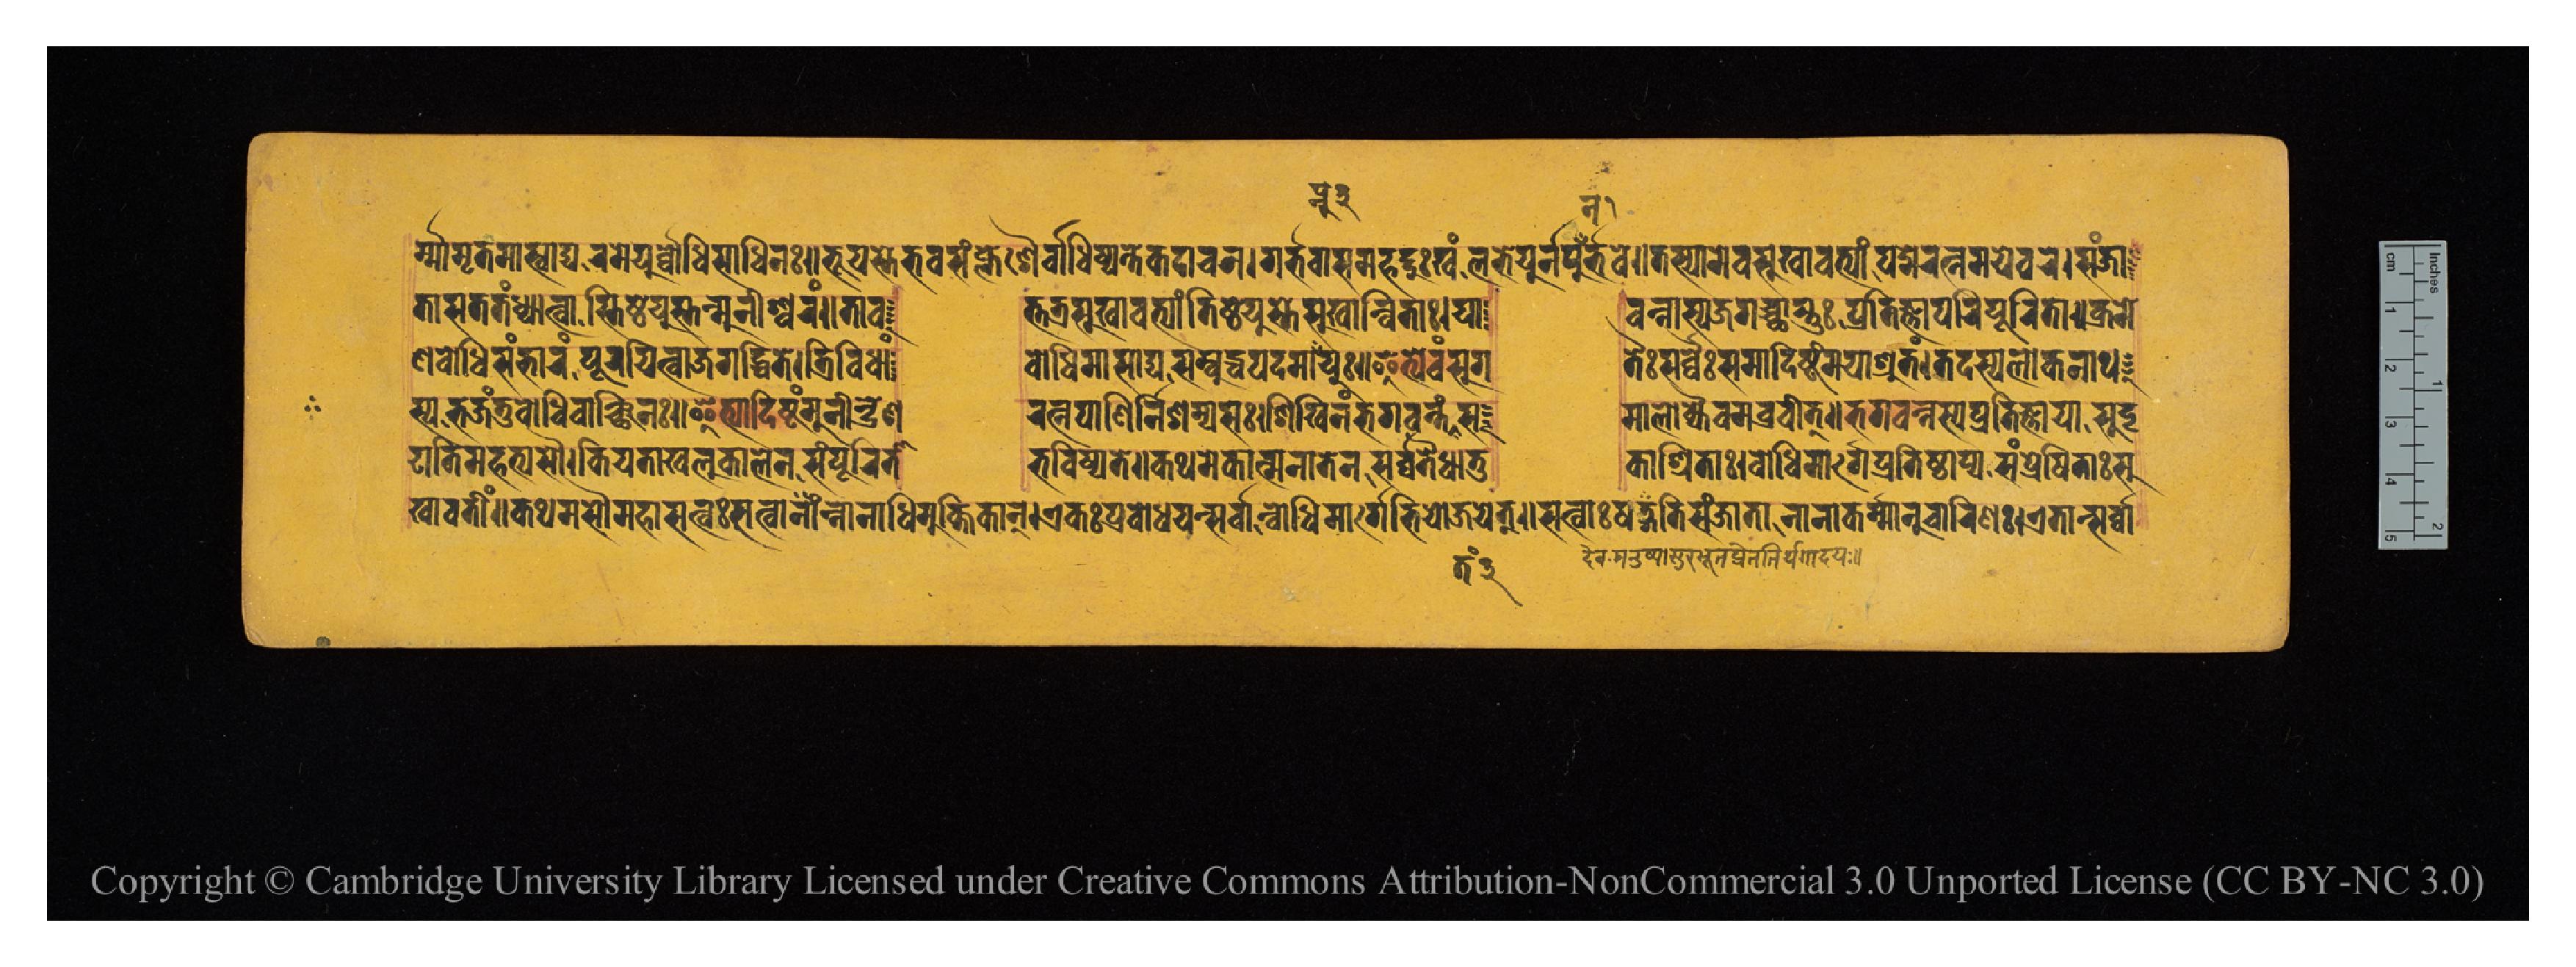
𑐬𑑂𑐩𑑂𑐩𑐵𑐩𑐺𑐟𑐩𑐵𑐳𑑂𑐰𑐵𑐡𑑂𑐫𑐬𑐩𑐾𑐫𑐸𑐬𑑂𑐧𑑀𑐢𑐶𑐳𑐵𑐢𑐶𑐣𑑅𑑌𑐨𑐹𑐫𑐳𑑂𑐟𑐾𑐨𑐐𑐳𑑄𑐎𑑂𑐮𑐾𑐱𑐿𑐬𑑂𑐧𑐵𑐢𑐶𑐲𑑂𑐫𑐣𑑂𑐟𑐾𑐎𑐡𑐵𑐔𑐣𑑋𑐐𑐬𑑂𑐨𑐰𑐵𑐳𑐩𑐴𑐡𑐡𑐸𑐏𑑄𑐮𑐨𑐾𑐫𑐸𑐬𑑂𑐣𑐥𑐸𑐣𑐬𑑂𑐨𑐰𑐾𑑌𑐟𑐳𑑂𑐫𑐵𑐩𑐾𑐰𑐳𑐸𑐏𑐵𑐰𑐟𑑂𑐫𑐵𑑄𑐥𑐡𑑂𑐩𑐾𑐬𑐟𑑂𑐣𑐩𑐾𑐫𑐾𑐰𑐬𑐾𑑋𑐳𑑄𑐖𑐵 𑐟𑐵𑐳𑐟𑐟𑑄𑐢𑑂𑐫𑐵𑐟𑑂𑐰𑐵𑐟𑐶𑐲𑑂𑐛𑐾𑐫𑐸𑐳𑑂𑐟𑑄𑐩𑐸𑐣𑐶𑐱𑑂𑐰𑐬𑑄𑑌𑐟𑐵𑐰  𑐟𑑂𑐟𑐟𑑂𑐬𑐳𑐸𑐏𑐵𑐰𑐟𑑂𑐫𑐵𑑄𑐟𑐶𑐲𑑂𑐛𑐾𑐫𑐸𑐳𑑂𑐟𑐾𑐳𑐸𑐏𑐵𑐣𑑂𑐰𑐶𑐟𑐵𑑅𑑋𑐫𑐵  𑐰𑐣𑑂𑐣𑐵𑐳𑑂𑐫𑐖𑐐𑐔𑑂𑐕𑐵𑐳𑑂𑐟𑐸𑑅𑐥𑑂𑐬𑐟𑐶𑐖𑑂𑐘𑐵𑐥𑐬𑐶𑐥𑐹𑐬𑐶𑐟𑐵𑑌𑐎𑑂𑐬𑐩𑐾 𑐞𑐧𑑀𑐢𑐶𑐳𑑄𑐨𑐵𑐬𑑄𑐥𑐹𑐬𑐫𑐶𑐟𑑂𑐰𑐵𑐖𑐐𑐡𑑂𑐢𑐶𑐟𑐾𑑋𑐟𑑂𑐬𑐶𑐰𑐶𑐢𑐵𑑄  𑐧𑑀𑐢𑐶𑐩𑐵𑐳𑐵𑐡𑑂𑐫𑐳𑐩𑑂𑐧𑐸𑐡𑑂𑐢𑐥𑐡𑐩𑐵𑐥𑑂𑐣𑐸𑐫𑐸𑑅𑑋𑐂𑐟𑑂𑐫𑐾𑐰𑑄𑐳𑐸𑐐  𑐟𑐿𑑅𑐳𑐬𑑂𑐰𑑂𑐰𑐾𑑅𑐳𑐩𑐵𑐡𑐶𑐲𑑂𑐚𑑄𑐩𑐫𑐵𑐱𑑂𑐬𑐸𑐟𑑄𑑋𑐟𑐡𑐳𑑂𑐫𑐮𑑀𑐎𑐣𑐵𑐠 𑐳𑑂𑐫𑐨𑐖𑐣𑑂𑐟𑐸𑐧𑑀𑐢𑐶𑐰𑐵𑐘𑑂𑐕𑐶𑐣𑑅𑑌𑐂𑐟𑑂𑐫𑐵𑐡𑐶𑐲𑑂𑐚𑑄𑐩𑐸𑐣𑐷𑐣𑑂𑐡𑑂𑐬𑐾𑐞  𑐬𑐟𑑂𑐣𑐥𑐵𑐞𑐷𑐬𑑂𑐣𑐶𑐱𑐩𑑂𑐫𑐳𑑅𑑋𑐱𑐶𑐏𑐶𑐣𑑄𑐨𑐐𑐰𑐣𑑂𑐟𑑄𑐟𑑄𑐳  𑐩𑐵𑐮𑑀𑐎𑑂𑐫𑐿𑐰𑐩𑐧𑑂𑐬𑐰𑐷𑐟𑑂𑑌𑐨𑐐𑐰𑐣𑑂𑐣𑐳𑑂𑐫𑐥𑑂𑐬𑐟𑐶𑐖𑑂𑐘𑐵𑐫𑐵𑐳𑐸𑐡𑐺 𑐝𑐵𑐟𑐶𑐩𑐴𑐟𑑂𑐫𑐳𑑁𑑋𑐎𑐶𑐫𑐟𑐵𑐏𑐮𑐸𑐎𑐵𑐮𑐾𑐣𑐳𑑄𑐥𑐹𑐬𑐶𑐟𑐵  𑐨𑐰𑐶𑐲𑑂𑐫𑐟𑐾𑑌𑐎𑐠𑐩𑐾𑐎𑐵𑐟𑑂𑐩𑐣𑐵𑐟𑐾𑐣𑐳𑐬𑑂𑐰𑑂𑐰𑐾𑐟𑑂𑐬𑐿𑐢𑐵𑐟𑐸  𑐎𑐵𑐱𑑂𑐬𑐶𑐟𑐵𑑅𑑋𑐧𑑀𑐢𑐶𑐩𑐵𑐬𑑂𑐐𑐾𑐥𑑂𑐬𑐟𑐶𑐲𑑂𑐛𑐵𑐥𑑂𑐫𑐳𑑄𑐥𑑂𑐬𑐾𑐲𑐶𑐟𑐵𑑅𑐳𑐸 𑐏𑐵𑐰𑐟𑐷𑑄𑑌𑐎𑐠𑐩𑐳𑑁𑐩𑐴𑐵𑐳𑐟𑑂𑐰𑑅𑐳𑐟𑑂𑐰𑐵𑐣𑑂𑐣𑐵𑐢𑐶𑐩𑐸𑐎𑑂𑐟𑐶𑐎𑐵𑐣𑑂𑑋𑐊𑐎𑑅𑐥𑑂𑐬𑐧𑑀𑐢𑐫𑐣𑑂𑐳𑐬𑑂𑐰𑑂𑐰𑐵𑐣𑑂𑐧𑑀𑐢𑐶𑐩𑐵𑐬𑑂𑐐𑐾𑐨𑐶𑐫𑑀𑐖𑐫𑐾𑐟𑑂𑑌𑐳𑐟𑑂𑐰𑐵𑑅𑐲𑐜𑑂𑐐𑐟𑐶𑐳𑐘𑑂𑐖𑐵𑐟𑐵𑐣𑐵𑐣𑐵𑐎𑐬𑑂𑐩𑐵𑐣𑐸𑐔𑐵𑐬𑐶𑐞𑑅𑑋𑐊𑐟𑐵𑐣𑑂𑐳𑐬𑑂𑐰𑑂𑐰𑐵